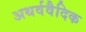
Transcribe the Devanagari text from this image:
अथर्ववैदिक